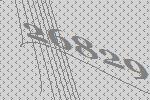
26829